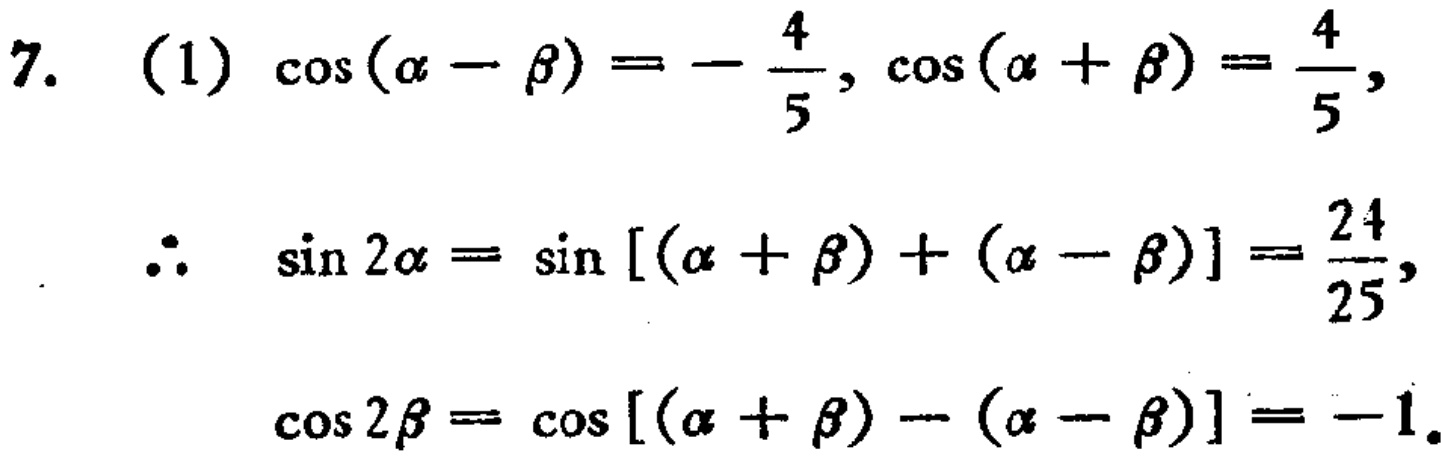
7. (1) \(\cos(\alpha - \beta)=-\frac{4}{5}, \cos(\alpha + \beta)=\frac{4}{5},\)

\(\therefore\) \(\sin 2\alpha = \sin[(\alpha + \beta)+(\alpha - \beta)]=\frac{24}{25},\)

\(\cos 2\beta = \cos[(\alpha + \beta)-(\alpha - \beta)]=-1.\)